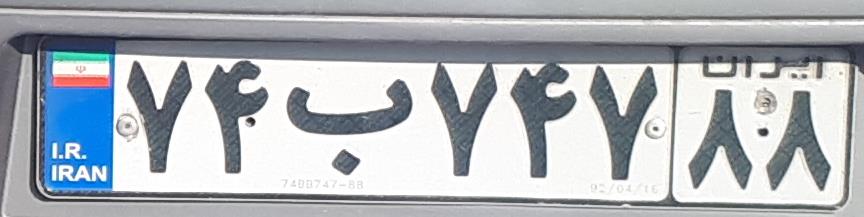
۷۴ب۷۴۷۸۸